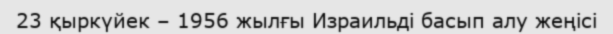
23 қыркүйек – 1956 жылғы Израильді басып алу жеңісі